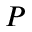
P